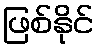
ဖြစ်နိုင်